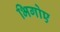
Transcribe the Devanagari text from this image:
भिगोए